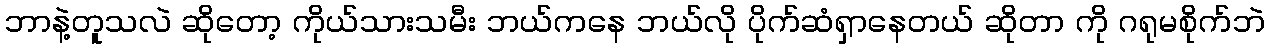
ဘာနဲ့တူသလဲ ဆိုတော့ ကိုယ်သားသမီး ဘယ်ကနေ ဘယ်လို ပိုက်ဆံရှာနေတယ် ဆိုတာ ကို ဂရုမစိုက်ဘဲ